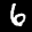
Label: 6